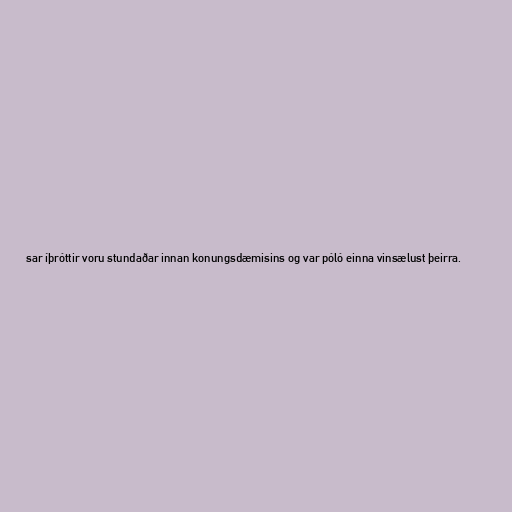
sar íþróttir voru stundaðar innan konungsdæmisins og var póló einna vinsælust þeirra.